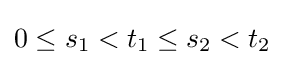
0\leq s_{1}<t_{1}\leq s_{2}<t_{2}